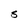
Character: S